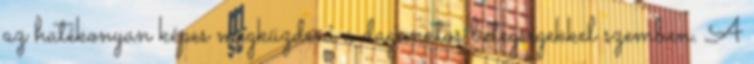
az hatékonyan képes megküzdeni a daganatos betegségekkel szemben. A